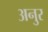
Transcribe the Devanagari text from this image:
अनुर